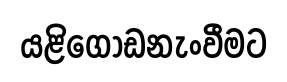
යළිගොඩනැංවීමට